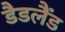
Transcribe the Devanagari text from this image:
डैडलैंड